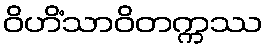
ဝိဟိံသာဝိတက္ကဿ